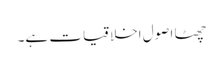
چھٹا اصول اخلاقیات ہے۔